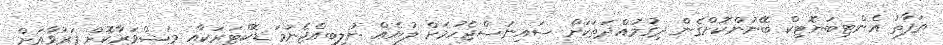
ތަފާތު އެންޓިބަޔޮޓިކް ބޭނުންކޮށްގެން ދިގުމުއްދަތަކަށް ސައިނަސްޖެހުމަށް ލުޔެއް ނުލިބިއްޖެނަމަ ޑޮކްޓަރަކާއި މަޝްވަރާކޮށް ފަރުވާއަށް